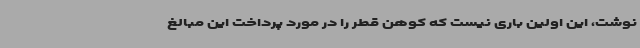
نوشت، این اولین باری نیست که کوهن قطر را در مورد پرداخت این مبالغ